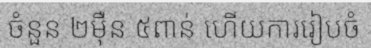
ចំនួន ២ម៉ឺន ៥ពាន់ ហើយការរៀបចំ